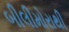
બીલીમોરાથી